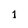
Character: 1